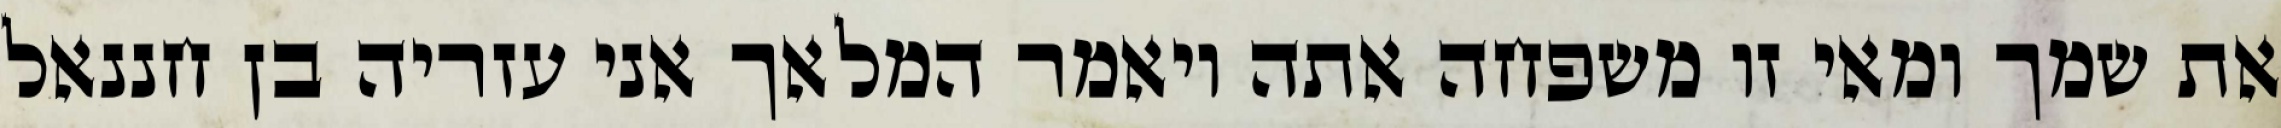
את שמך ומאי זו משפחה אתה ויאמר המלאך אני עזריה בן חננאל